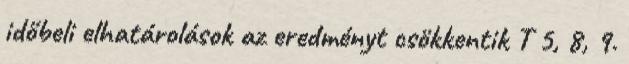
időbeli elhatárolások az eredményt csökkentik T 5, 8, 9.